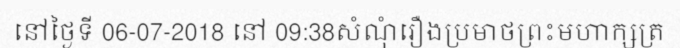
នៅថ្ងៃទី 06-07-2018 នៅ 09:38សំណុំរឿងប្រមាថព្រះមហាក្សត្រ